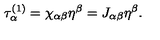
\tau _ { \alpha } ^ { ( 1 ) } = \chi _ { \alpha \beta } \eta ^ { \beta } = J _ { \alpha \beta } \eta ^ { \beta } .